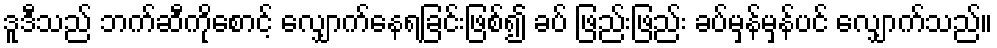
ဒူဒီသည် ဘက်ဆီကိုစောင့် လျှောက်နေရခြင်းဖြစ်၍ ခပ် ဖြည်းဖြည်း ခပ်မှန်မှန်ပင် လျှောက်သည်။